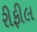
રીફીલ